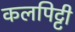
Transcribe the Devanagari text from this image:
कलपिट्टी